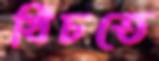
খিঁচতে